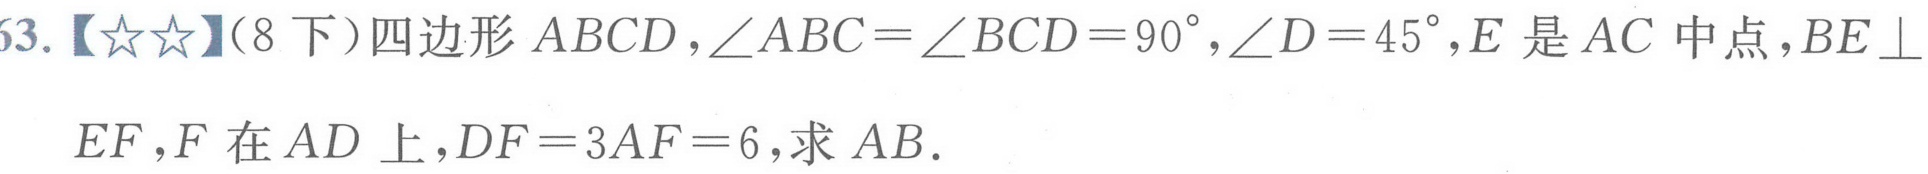
63.【★★】（8下）四边形\(ABCD\)，\(\angle ABC=\angle BCD = 90^{\circ}\)，\(\angle D = 45^{\circ}\)，\(E\)是\(AC\)中点，\(BE\perp EF\)，\(F\)在\(AD\)上，\(DF = 3AF = 6\)，求\(AB\).